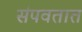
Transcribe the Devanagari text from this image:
संपवतात